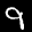
Label: 9